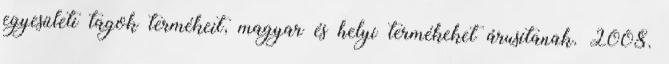
egyesületi tagok termékeit, magyar és helyi termékeket árusítanak. 2008.